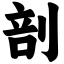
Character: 剖